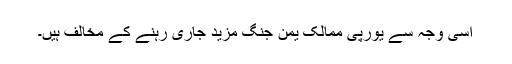
اسی وجہ سے یورپی ممالک یمن جنگ مزید جاری رہنے کے مخالف ہیں۔